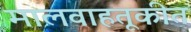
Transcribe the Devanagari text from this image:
मालवाहतूकीत